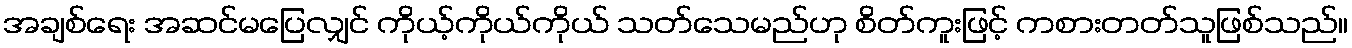
အချစ်ရေး အဆင်မပြေလျှင် ကိုယ့်ကိုယ်ကိုယ် သတ်သေမည်ဟု စိတ်ကူးဖြင့် ကစားတတ်သူဖြစ်သည်။